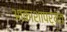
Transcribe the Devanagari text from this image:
आकाशापर्यंत